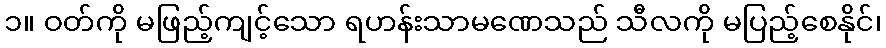
၁။ ဝတ်ကို မဖြည့်ကျင့်သော ရဟန်းသာမဏေသည် သီလကို မပြည့်စေနိုင်၊